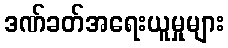
ဒဏ်ခတ်အရေးယူမှုများ